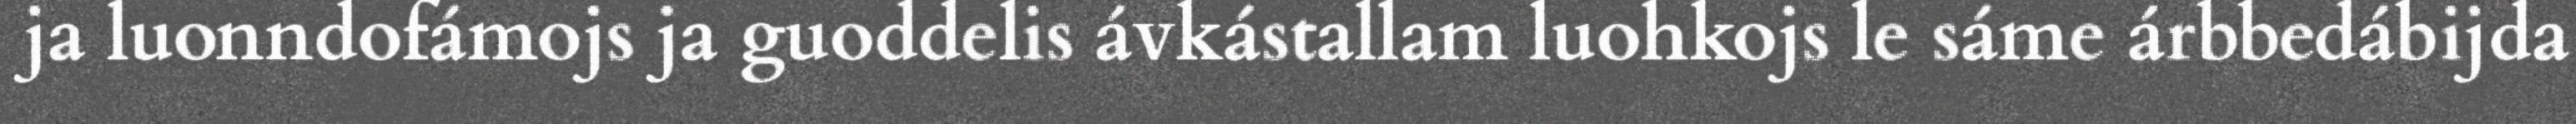
ja luonndofámojs ja guoddelis ávkástallam luohkojs le sáme árbbedábijda